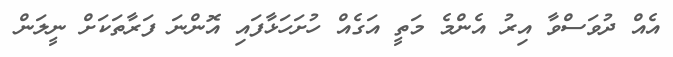
އެއް ދުވަސްވާ އިރު އެންމެ މަތީ އަގެއް ހުށަހަޅާފައި އޮންނަ ފަރާތަކަށް ނީލަން